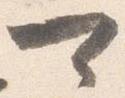
可